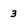
Character: 3